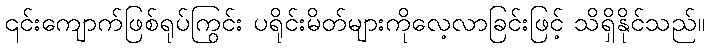
၎င်းကျောက်ဖြစ်ရုပ်ကြွင်း ပရိုင်းမိတ်များကိုလေ့လာခြင်းဖြင့် သိရှိနိုင်သည်။